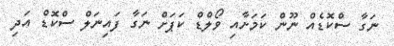
ނަގާ ސްކޮޑެއް ނޫން ކަމަށާއި ވޯލްޑް ކަޕަށް ނަގާ ފައިނަލް ސްކޮޑް އަދި